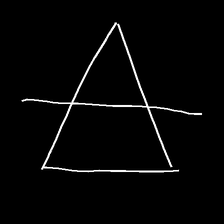
Glyph: empower